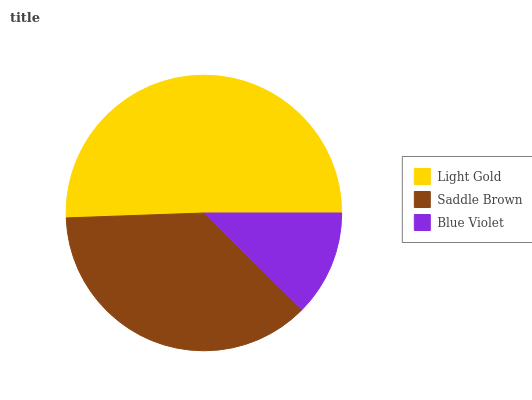
| Light Gold | Saddle Brown | Blue Violet |
 | --- | --- | --- |
 | 50.6% | 37.1% | 12.4% |